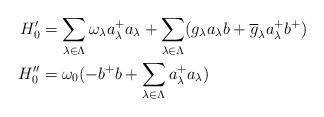
LaTeX: \begin{align*}H_0'&= \sum_{\lambda\in \Lambda} \omega_\lambda a_\lambda^+a_\lambda+ \sum_{\lambda\in \Lambda}(g_\lambda a_\lambda b+ \overline{g}_\lambda a_\lambda^+b^+) \\ H_0''&= \omega_0 (-b^+b +\sum_{\lambda\in \Lambda} a_\lambda^+a_\lambda)\end{align*}